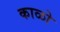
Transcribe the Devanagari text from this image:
काळो